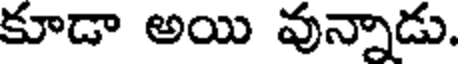
కూడా అయి వున్నాడు.